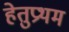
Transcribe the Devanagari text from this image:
हेतुप्रथम